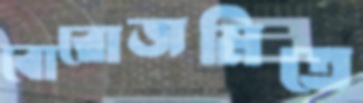
বোরোজমিতে